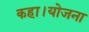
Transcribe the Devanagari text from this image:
कहा।योजना